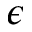
\epsilon